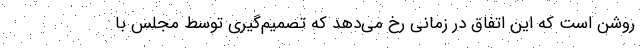
روشن است که این اتفاق در زمانی رخ می‌دهد که تصمیم‌گیری توسط مجلس با